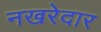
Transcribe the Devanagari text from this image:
नखरेदार